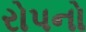
રોપનો